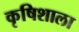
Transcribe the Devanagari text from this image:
कृषिशाला